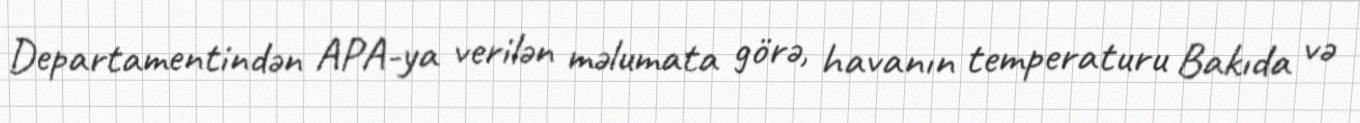
Departamentindən APA-ya verilən məlumata görə, havanın temperaturu Bakıda və